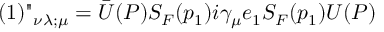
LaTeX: ( 1 ) " _ { \nu \lambda ; \mu } = { \bar { U } } ( P ) S _ { F } ( p _ { 1 } ) i \gamma _ { \mu } e _ { 1 } S _ { F } ( p _ { 1 } ) U ( P )